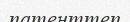
патенттеп